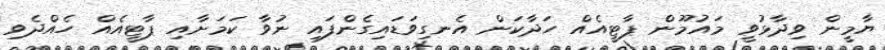
ޔާމީން ވިދާޅުވީ މައުމޫން ޕާޓީއެއް ހަދާކަން އެނގިވަޑައިގެންފައި ނުވާ ކަމަށާއި ޕާޓީއެއް ހެއްދެވި